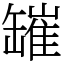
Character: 𦉎